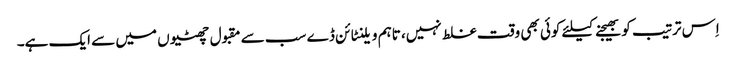
اِس ترتیب کو بھیجنے کیلئے کوئی بھی وقت غلط نہیں، تاہم ویلنٹائن ڈے سب سے مقبول چھٹیوں میں سے ایک ہے۔